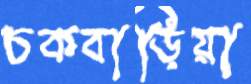
চকবাড়িয়া